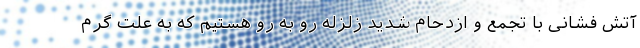
آتش فشانی با تجمع و ازدحام شدید زلزله رو به رو هستیم که به علت گرم